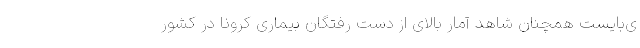
ی‌بایست همچنان شاهد آمار بالای از دست رفتگان بیماری کرونا در کشور